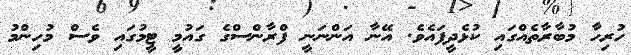
ހުރިހާ މުބާރާތެއްގައި ކުޅެދީފައެވެ. އޭނާ އަންނަނީ ފްރާންސްގެ ގައުމީ ޓީމުގައި ވެސް މުހިންމު